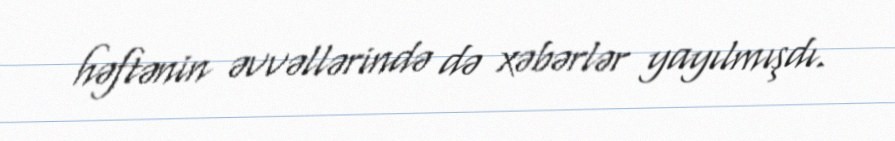
həftənin əvvəllərində də xəbərlər yayılmışdı.